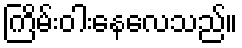
ကြိမ်းဝါးနေလေသည်။